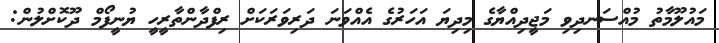
މައުލޫމާތު މުއްސަނދިވި މަޖީދިއްޔާގެ މިދިޔަ އަހަރުގެ އެއްވަނަ ދަރިވަރަކަށް ރިފްދާންތާރީހީ ޔުނީފޯމް ދޫކޮށްލުން: